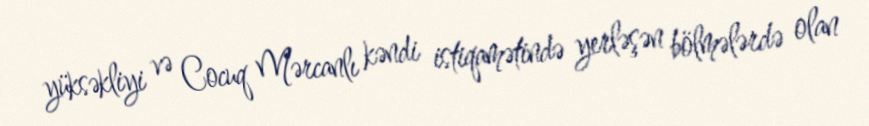
yüksəkliyi və Cocuq Mərcanlı kəndi istiqamətində yerləşən bölmələrdə olan